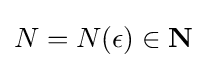
N=N(\epsilon )\in \mathbf {N}